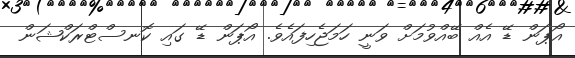
އޯޕަން ޑޭ އެއް ބޭއްވުމަށް ވަނީ ހަމަޖެހިފައެވެ. އޯޕަން ޑޭ ގައި ކޮނސްޓްރަކްޝަން